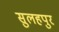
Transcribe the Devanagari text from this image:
सुलहपुर